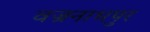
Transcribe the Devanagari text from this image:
वज्रनाभपुर